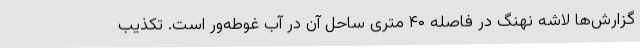
گزارش‌ها لاشه نهنگ در فاصله ۴۰ متری ساحل آن در آب غوطه‌ور است. تکذیب